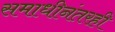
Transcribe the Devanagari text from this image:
समाधीनंतरही